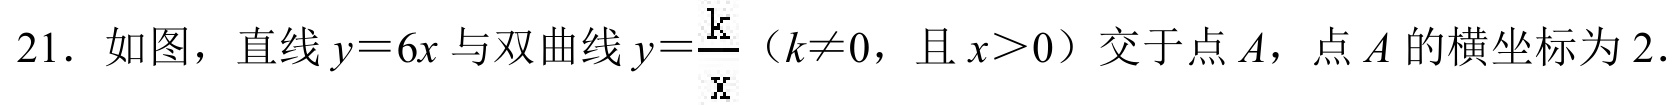
21. 如图，直线\(y = 6x\)与双曲线\(y=\frac{k}{x}\)（\(k\neq0\)，且\(x > 0\)）交于点\(A\)，点\(A\)的横坐标为\(2\).